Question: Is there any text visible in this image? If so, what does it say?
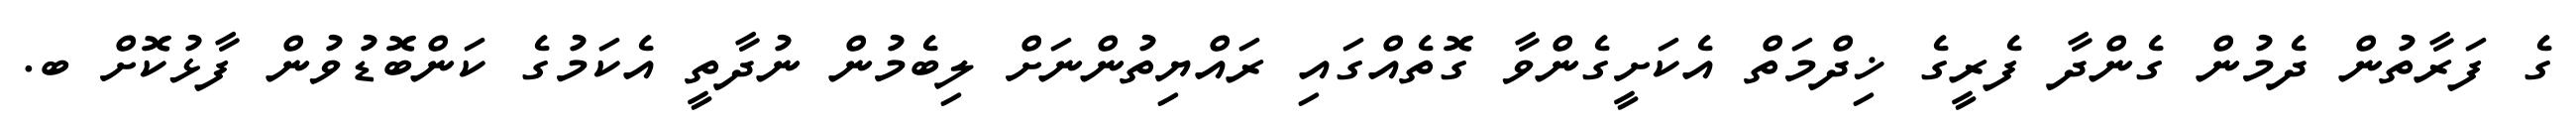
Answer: ގެ ފަރާތުން ދެމުން ގެންދާ ފެރީގެ ޚިދްމަތް އެކަށީގެންވާ ގޮތެއްގައި ރައްޔިތުންނަށް ލިބެމުން ނުދާތީ އެކަމުގެ ކަންބޮޑުވުން ފާޅުކޮށް ބ.